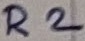
Text: R2